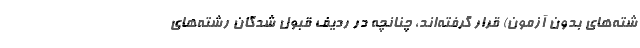
شته‌های بدون آزمون) قرار گرفته‌اند، چنانچه در ردیف قبول شدگان رشته‌های